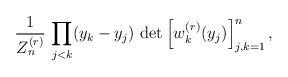
\begin{align*} \frac{1}{Z_n^{(r)}} \, \prod_{j < k} (y_k-y_j) \, \det \left[ w_k^{(r)}(y_j) \right]_{j,k=1}^n ,\end{align*}